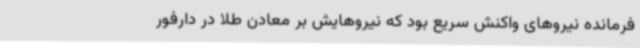
فرمانده نیروهای واکنش سریع بود که نیروهایش بر معادن طلا در دارفور